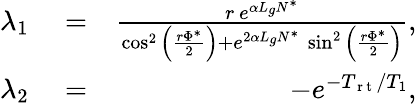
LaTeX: \begin{array}{rlr}{\lambda_{1}}&{{}=}&{\frac{r\ e^{\alpha L_{g}N^{*}}}{\cos^{2}\Big(\frac{r\Phi^{*}}{2}\Big)+e^{2\alpha L_{g}N^{*}}\ \sin^{2}\Big(\frac{r\Phi^{*}}{2}\Big)},}\\ {\lambda_{2}}&{{}=}&{-e^{-T_{\mathrm{~r~t~}}/T_{1}},}\end{array}